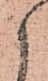
候